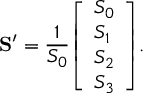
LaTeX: \mathbf { S ^ { \prime } } = { \frac { 1 } { S _ { 0 } } } { \left[ \begin{array} { l } { S _ { 0 } } \\ { S _ { 1 } } \\ { S _ { 2 } } \\ { S _ { 3 } } \end{array} \right] } .